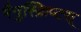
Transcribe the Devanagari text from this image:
मैनुस्क्रिप्टस्‌